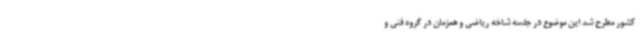
کشور مطرح شد این موضوع در جلسه شاخه ریاضی و همزمان در گروه فنی و